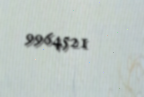
9964521